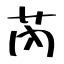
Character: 芮